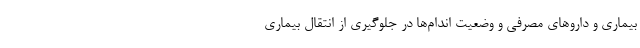
بیماری و داروهای مصرفی و وضعیت اندام‌ها در جلوگیری از انتقال بیماری